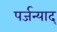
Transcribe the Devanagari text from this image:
पर्जन्याद्‌